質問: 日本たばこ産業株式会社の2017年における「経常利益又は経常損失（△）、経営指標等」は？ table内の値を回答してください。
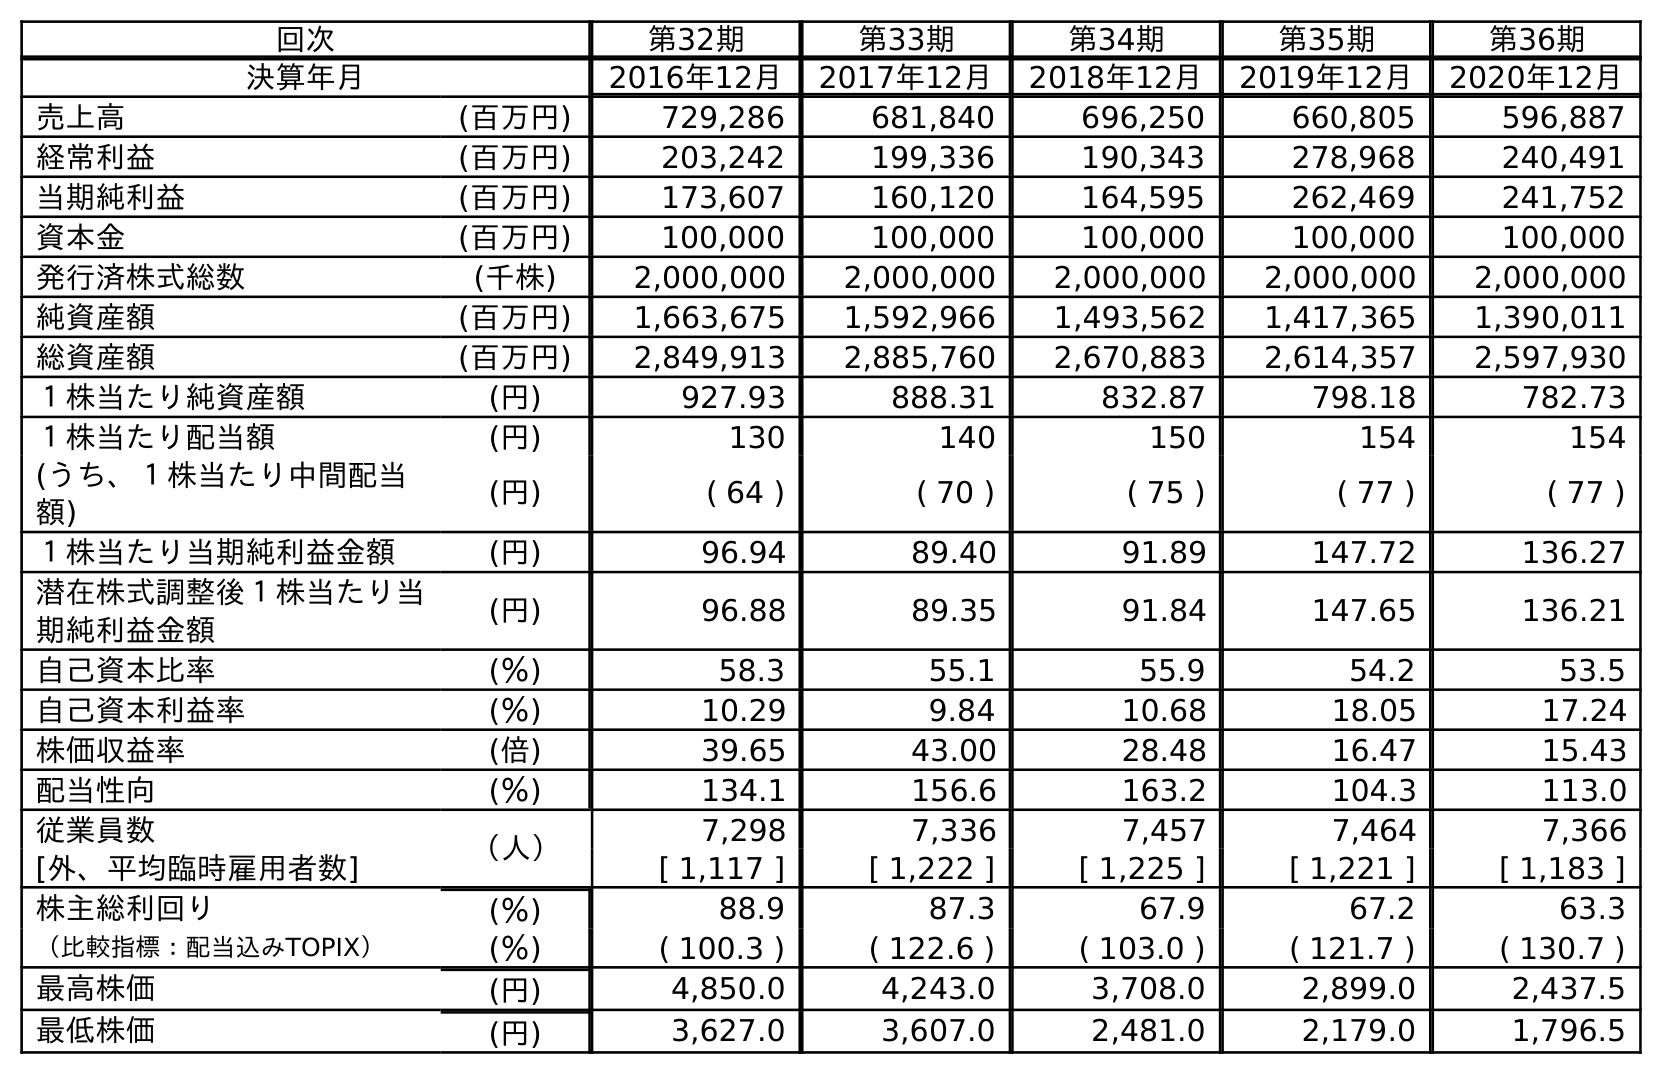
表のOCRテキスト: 回次 第32期 第33期 第34期 第35期 第36期 決算年月 2016年12月 2017年12月 2018年12月 2019年12月 2020年12月 売上高 (百万円) 729,286 681,840 696,250 660,805 596,887 経常利益 (百万円) 203,242 199,336 190,343 278,968 240,491 当期純利益 (百万円) 173,607 160,120 164,595 262,469 241,752 資本金 (百万円) 100,000 100,000 100,000 100,000 100,000 発行済株式総数 (千株) 2,000,000 2,000,000 2,000,000 2,000,000 2,000,000 純資産額 (百万円) 1,663,675 1,592,966 1,493,562 1,417,365 1,390,011 総資産額 (百万円) 2,849,913 2,885,760 2,670,883 2,614,357 2,597,930 １株当たり純資産額 (円) 927.93 888.31 832.87 798.18 782.73 １株当たり配当額 (円) 130 140 150 154 154 (うち、１株当たり中間配当 額) (円) ( 64 ) ( 70 ) ( 75 ) ( 77 ) ( 77 ) １株当たり当期純利益金額 (円) 96.94 89.40 91.89 147.72 136.27 潜在株式調整後１株当たり当 期純利益金額 (円) 96.88 89.35 91.84 147.65 136.21 自己資本比率 (％) 58.3 55.1 55.9 54.2 53.5 自己資本利益率 (％) 10.29 9.84 10.68 18.05 17.24 株価収益率 (倍) 39.65 43.00 28.48 16.47 15.43 配当性向 (％) 134.1 156.6 163.2 104.3 113.0 従業員数 （人） 7,298 7,336 7,457 7,464 7,366 [外、平均臨時雇用者数] [ 1,117 ] [ 1,222 ] [ 1,225 ] [ 1,221 ] [ 1,183 ] 株主総利回り (％) 88.9 87.3 67.9 67.2 63.3 （比較指標：配当込みTOPIX） (％) ( 100.3 ) ( 122.6 ) ( 103.0 ) ( 121.7 ) ( 130.7 ) 最高株価 (円) 4,850.0 4,243.0 3,708.0 2,899.0 2,437.5 最低株価 (円) 3,627.0 3,607.0 2,481.0 2,179.0 1,796.5
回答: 199,336